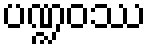
ပဏ္ဍဝဿ